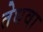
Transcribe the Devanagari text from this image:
तेधवा